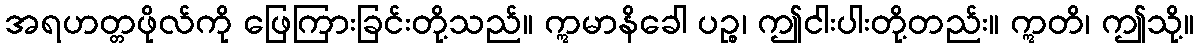
အရဟတ္တဖိုလ်ကို ဖြေကြားခြင်းတို့သည်။ ဣမာနိခေါ ပဉ္စ၊ ဤငါးပါးတို့တည်း။ ဣတိ၊ ဤသို့။